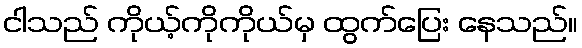
ငါသည် ကိုယ့်ကိုကိုယ်မှ ထွက်ပြေး နေသည်။